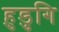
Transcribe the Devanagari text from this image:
हुडुगि